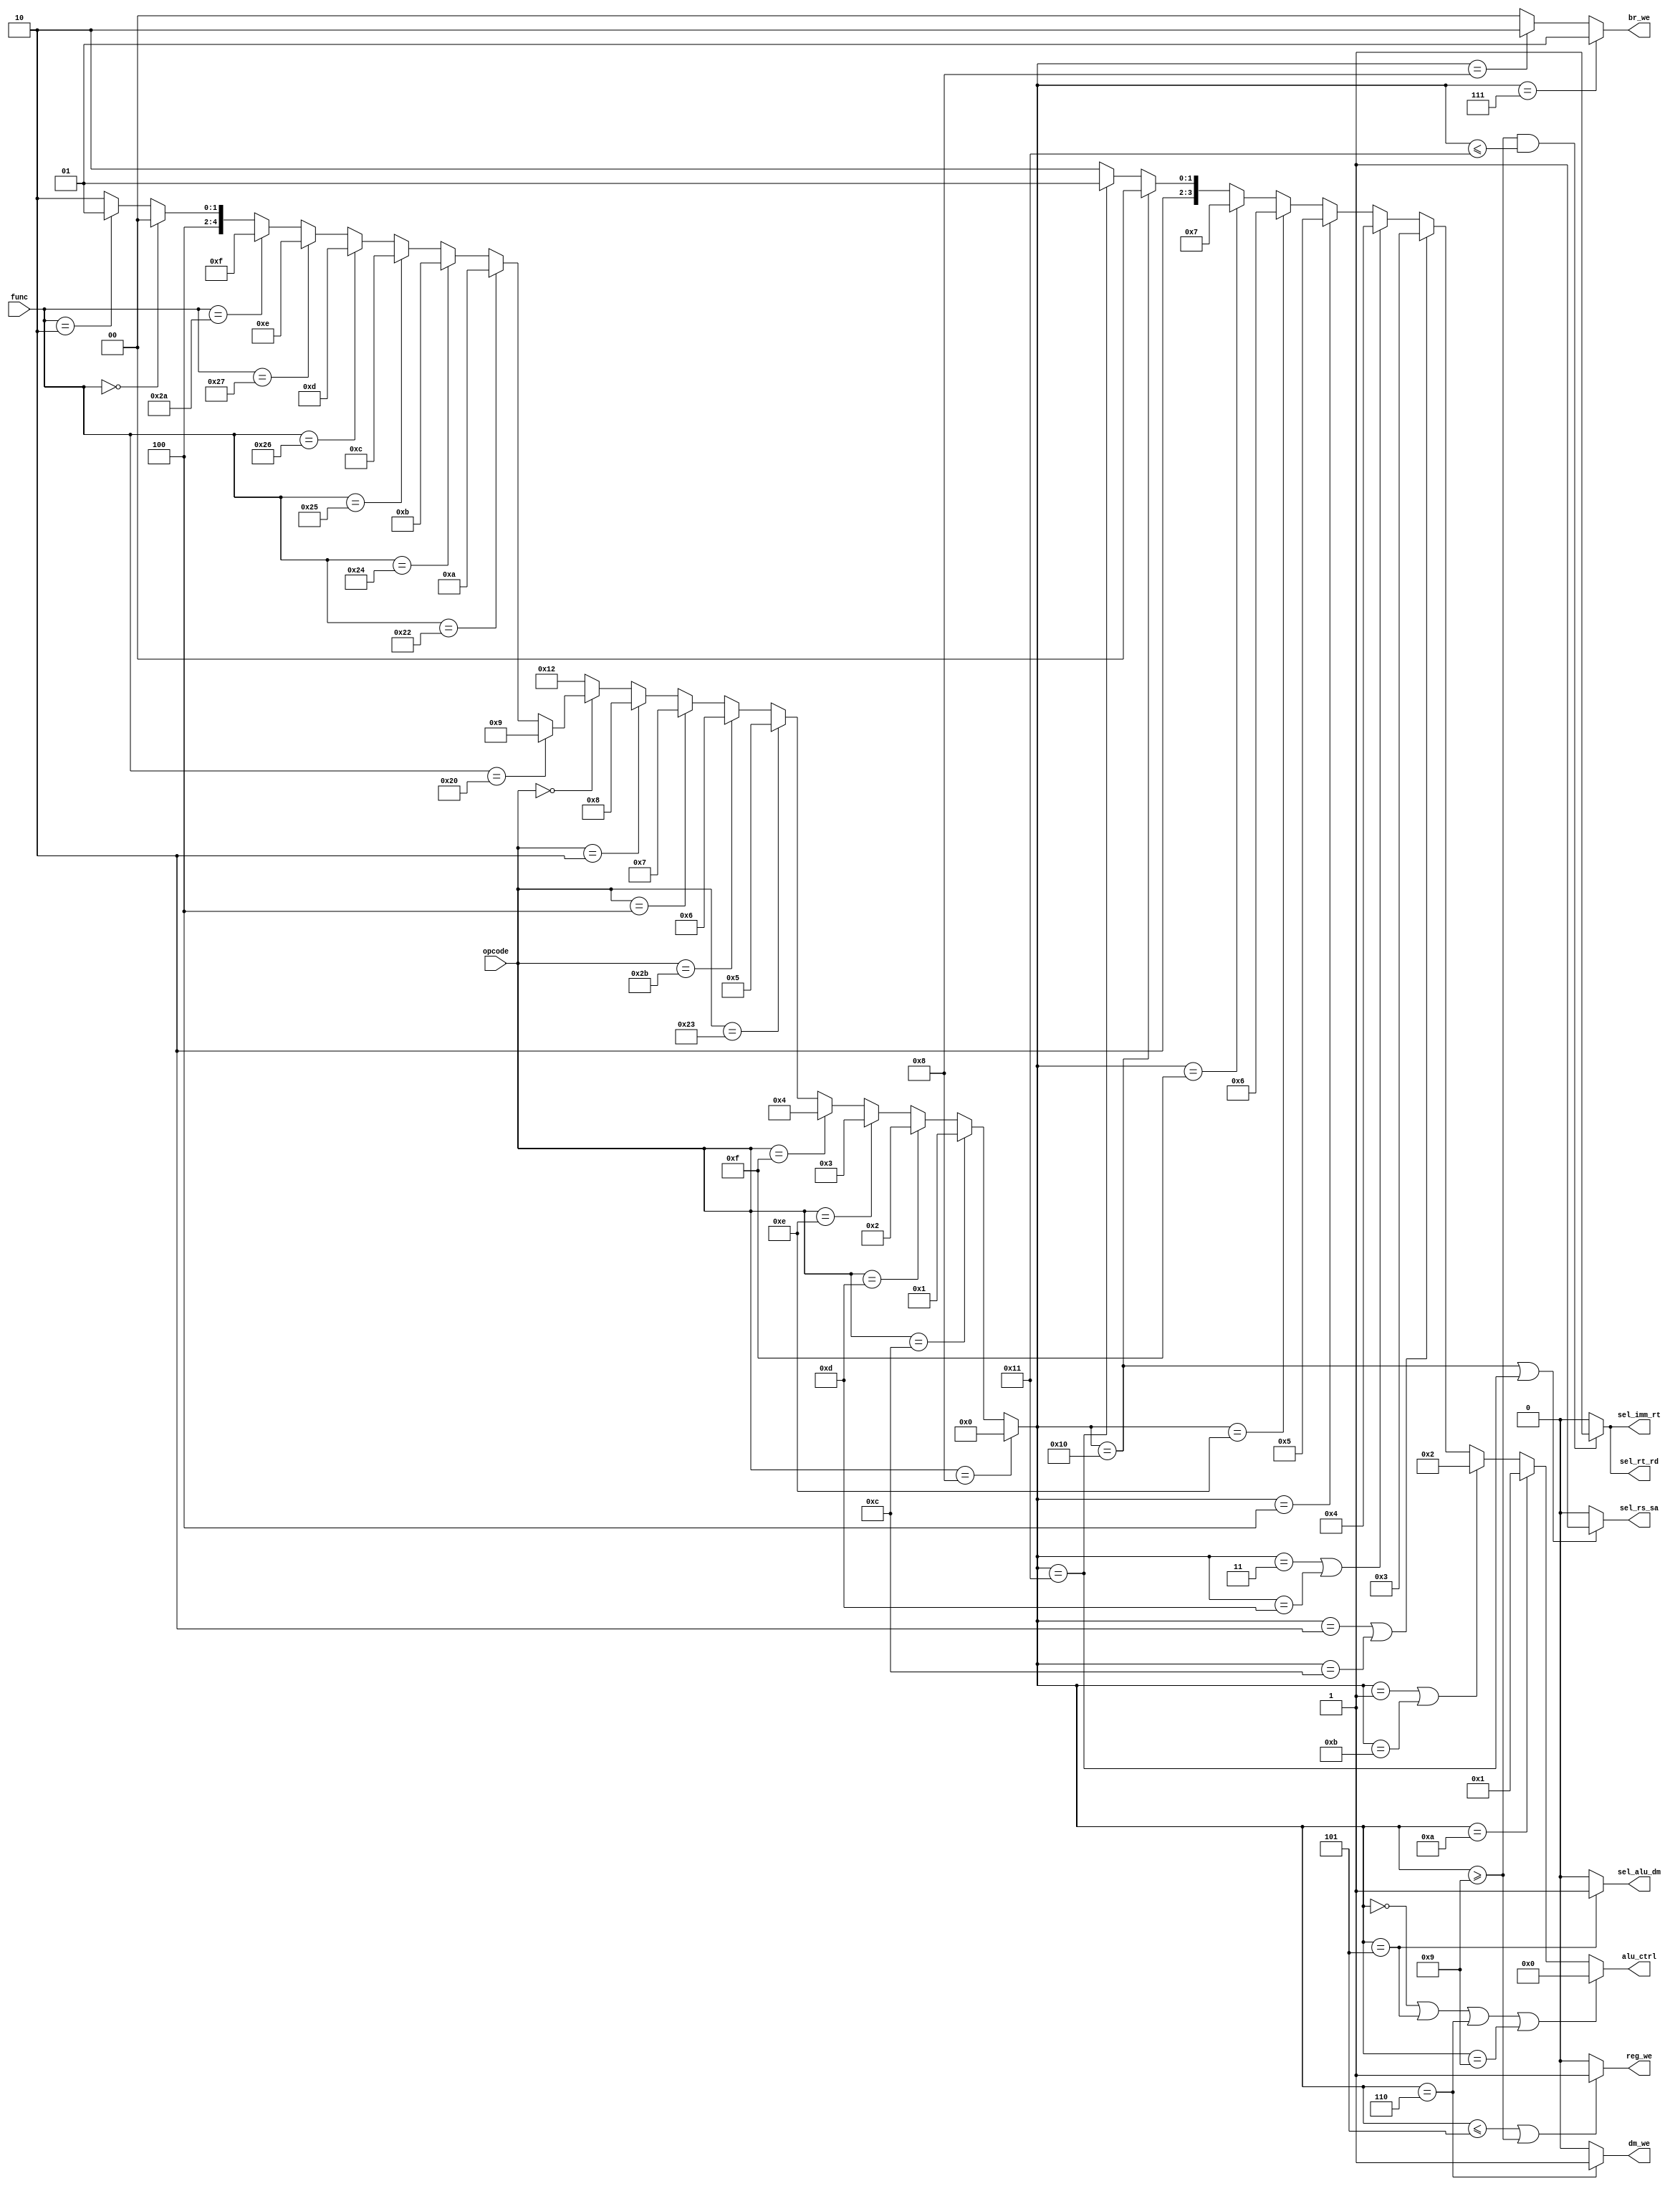
`timescale 1ns / 1ps

module ctrl(
    input [5: 0] opcode,
    input [5: 0] func,
    
    output sel_rt_rd,           // , 0-rt, 1-rd
    output sel_rs_sa,           // 1, 0-rs, 1-sa
    output sel_imm_rt,          // 2, 0-imm, 1-rt 
    output sel_alu_dm,          // , 0-alu, 1-dm
    output [3: 0] alu_ctrl,     // 10
    
    output reg_we,              // 
    output dm_we,               // 
    output [1: 0] br_we         // 
    );
    
    wire [4: 0] ins_type;
    
    assign ins_type = (opcode == 6'b001000) ? 0 :               // addi
                      (opcode == 6'b001100) ? 1 :               // andi
                      (opcode == 6'b001101) ? 2 :               // ori
                      (opcode == 6'b001110) ? 3 :               // xori
                      (opcode == 6'b001111) ? 4 :               // lui
                      (opcode == 6'b100011) ? 5 :               // lw
                      (opcode == 6'b101011) ? 6 :               // sw
                      (opcode == 6'b000100) ? 7 :               // beq
                      (opcode == 6'b000010) ? 8 :               // j
                      (opcode == 6'b000000) ? (
                      (func == 6'b100000) ? 9 :                 // add
                      (func == 6'b100010) ? 10 :                // sub
                      (func == 6'b100100) ? 11 :                // and
                      (func == 6'b100101) ? 12 :                // or
                      (func == 6'b100110) ? 13 :                // xor
                      (func == 6'b100111) ? 14 :                // nor
                      (func == 6'b101010) ? 15 :                // slt
                      (func == 6'b000000) ? 16 :                // sll
                      (func == 6'b000010) ? 17 :                // srl
                      18) : 18;                                 // 
    
    // 01
    assign sel_rt_rd = (ins_type >= 9 && ins_type <= 17) ? 1 : 0;
    assign sel_rs_sa = (ins_type == 16 || ins_type == 17) ? 1 : 0;
    assign sel_imm_rt = (ins_type >= 9 && ins_type <= 17) ? 1 : 0;
    assign sel_alu_dm = (ins_type == 5) ? 1 : 0;
    
    // excel
    assign alu_ctrl = (ins_type == 0 || ins_type == 5 || ins_type == 6 || ins_type == 9) ? 4'h0 :   // +
                      (ins_type == 10) ? 4'h1 :                     // -
                      (ins_type == 1 || ins_type == 11) ? 4'h2 :    // &
                      (ins_type == 2 || ins_type == 12) ? 4'h3 :    // |
                      (ins_type == 3 || ins_type == 13) ? 4'h4 :    // ^
                      (ins_type == 4) ? 4'h5 :                      // lui
                      (ins_type == 14) ? 4'h6 :                     // nor
                      (ins_type == 15) ? 4'h7 :                     // slt
                      (ins_type == 16) ? 4'h8 :                     // sll
                      (ins_type == 17) ? 4'h9 :                     // srl
                      4'ha;
    assign reg_we = (ins_type <= 5 || ins_type >= 9) ? 1 : 0;
    assign dm_we = (ins_type == 6) ? 1 : 0;
    assign br_we = (ins_type == 7) ? 2'b01 :
                   (ins_type == 8) ? 2'b10 : 0;
    
    
endmodule